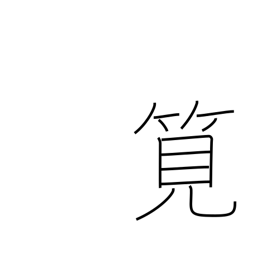
Meaning: flume